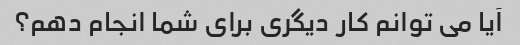
آیا می توانم کار دیگری برای شما انجام دهم؟